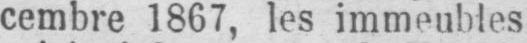
cembre 1867, les immeubles